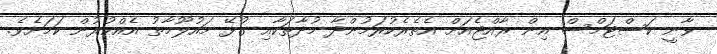
ވާނީ ކަސްޓަމްސް އިން ރާއްޖެއަށް އެތެރެކުރަމުންދާ މުދާތަކާއި ގުޅޭ މައުލޫމާތު އެއްކުރުން ކަމަށެވެ.